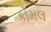
કોમલ